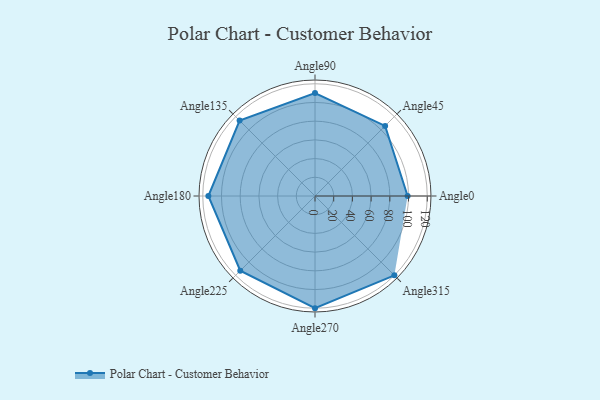
{"axis": {"x": "Angle", "y": "Radius"}, "legend": [""], "data": [{"x": "Angle0", "y": 99.0, "type": ""}, {"x": "Angle45", "y": 106.0, "type": ""}, {"x": "Angle90", "y": 110.0, "type": ""}, {"x": "Angle135", "y": 114.0, "type": ""}, {"x": "Angle180", "y": 114.0, "type": ""}, {"x": "Angle225", "y": 113.0, "type": ""}, {"x": "Angle270", "y": 120.0, "type": ""}, {"x": "Angle315", "y": 120.0, "type": ""}]}